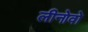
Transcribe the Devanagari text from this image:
लीनोवो